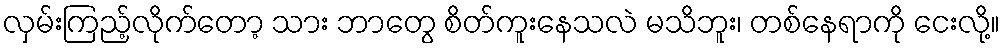
လှမ်းကြည့်လိုက်တော့ သား ဘာတွေ စိတ်ကူးနေသလဲ မသိဘူး၊ တစ်နေရာကို ငေးလို့။